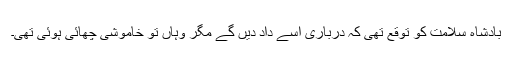
بادشاہ سلامت کو توقع تھی کہ درباری اسے داد دیں گے مگر وہاں تو خاموشی چھائی ہوئی تھی۔